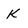
Character: K